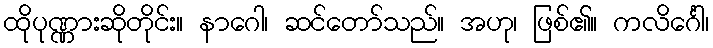
ထိုပုဏ္ဏားဆိုတိုင်း။ နာဂေါ၊ ဆင်တော်သည်။ အဟု၊ ဖြစ်၏။ ကလိင်္ဂေါ၊